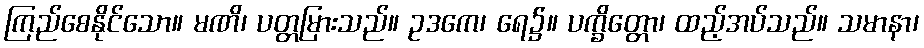
ကြည်စေနိုင်သော။ မဏိ၊ ပတ္တမြားသည်။ ဥဒကေ၊ ရေ၌။ ပက္ခိတ္တော၊ ထည့်အပ်သည်။ သမာနာ၊